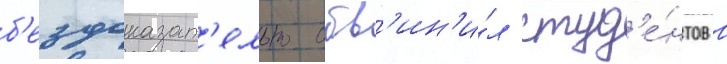
б'ездоказат'ельно обв'ин'и́л студ'е́нтов в